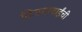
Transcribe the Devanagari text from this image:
विजयाबाईंची